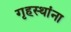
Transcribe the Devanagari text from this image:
गृहस्थांना